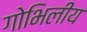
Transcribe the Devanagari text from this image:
गोभिलीय